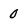
Character: 0